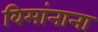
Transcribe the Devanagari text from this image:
विमांनाना